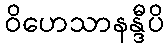
ဝိဟေသာနန္ဒီပိ